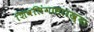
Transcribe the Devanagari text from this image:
शिवलिंगासारख्या